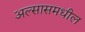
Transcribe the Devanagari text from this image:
अल्सासमधील